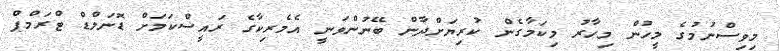
މިވިސްނުމުގެ މީހުން މިހާރު މިކަމާގެން ކުރިޔަށްދާން ބޭނުންވަނީ އެމެރިކާގެ ރައީސްކަމަށް ޑޮނަލްޑް ޓްރަމްޕް